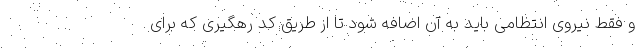
و فقط نیروی انتظامی باید به آن اضافه شود تا از طریق کد رهگیری که برای